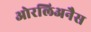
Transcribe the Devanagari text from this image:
ओरलिअनैस